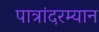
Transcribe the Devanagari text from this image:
पात्रांदरम्यान